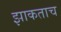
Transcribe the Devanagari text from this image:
झाकताच